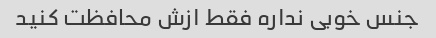
جنس خوبی نداره فقط ازش محافظت کنید